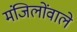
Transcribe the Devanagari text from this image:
मंजिलोंवाले